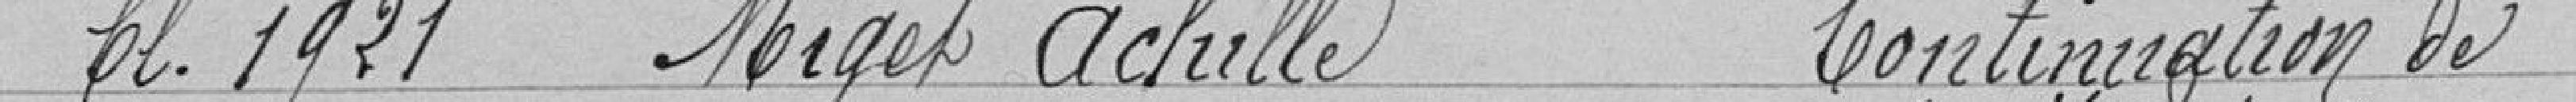
Classe 1921 MIGET Achille Continuation de ses études